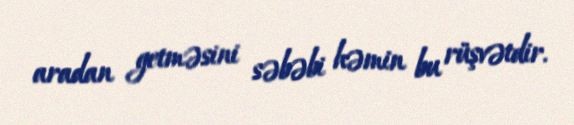
aradan getməsini səbəbi həmin bu rüşvətdir.